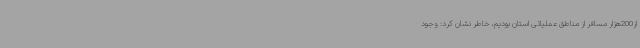
از200هزار مسافر از مناطق عملیاتی استان بودیم، خاطر نشان کرد: وجود